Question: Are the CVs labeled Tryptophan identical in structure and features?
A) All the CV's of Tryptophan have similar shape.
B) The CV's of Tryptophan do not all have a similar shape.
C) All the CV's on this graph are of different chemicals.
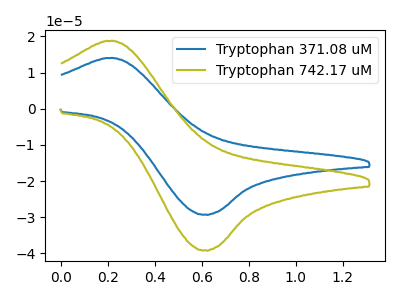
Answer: <think>The blue curve "Tryptophan 371.08 uM" has an anodic peak at (0.20V, 14.05uA) and a cathodic peak at (0.60V, -29.25uA). The olive curve "Tryptophan 742.17 uM" has an anodic peak at (0.20V, 18.75uA) and a cathodic peak at (0.60V, -39.15uA).
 All the peaks in "Tryptophan 371.08 uM" have a peak in "Tryptophan 742.17 uM" at the same potential. Every peak in "Tryptophan 371.08 uM" is lower than every peak in "Tryptophan 742.17 uM".</think>
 <answer>A) All the CV's of "Tryptophan" have similar shape.</answer>
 <eval>A</eval>